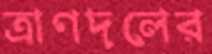
ত্রাণদলের